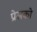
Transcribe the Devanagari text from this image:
प्रेसको